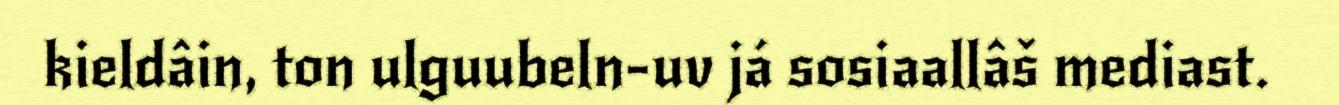
kieldâin, ton ulguubeln-uv já sosiaallâš mediast.